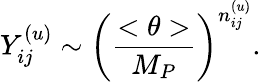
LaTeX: Y_{ij}^{(u)}\sim\left(\frac{<\theta>}{M_{P}}\right)^{n_{ij}^{(u)}}.